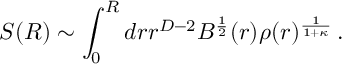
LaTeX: S ( R ) \sim \int _ { 0 } ^ { R } d r r ^ { D - 2 } B ^ { \frac { 1 } { 2 } } ( r ) \rho ( r ) ^ { \frac { 1 } { 1 + \kappa } } \, .